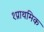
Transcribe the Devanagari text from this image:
१प्राथमिक